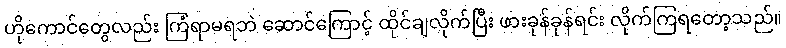
ဟိုကောင်တွေလည်း ကြံရာမရဘဲ ဆောင်ကြောင့် ထိုင်ချလိုက်ပြီး ဖားခုန်ခုန်ရင်း လိုက်ကြရတော့သည်။